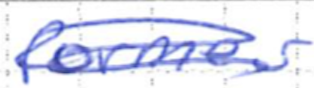
Text: former
Cross-out: scratch
Writing tool: ballpoint